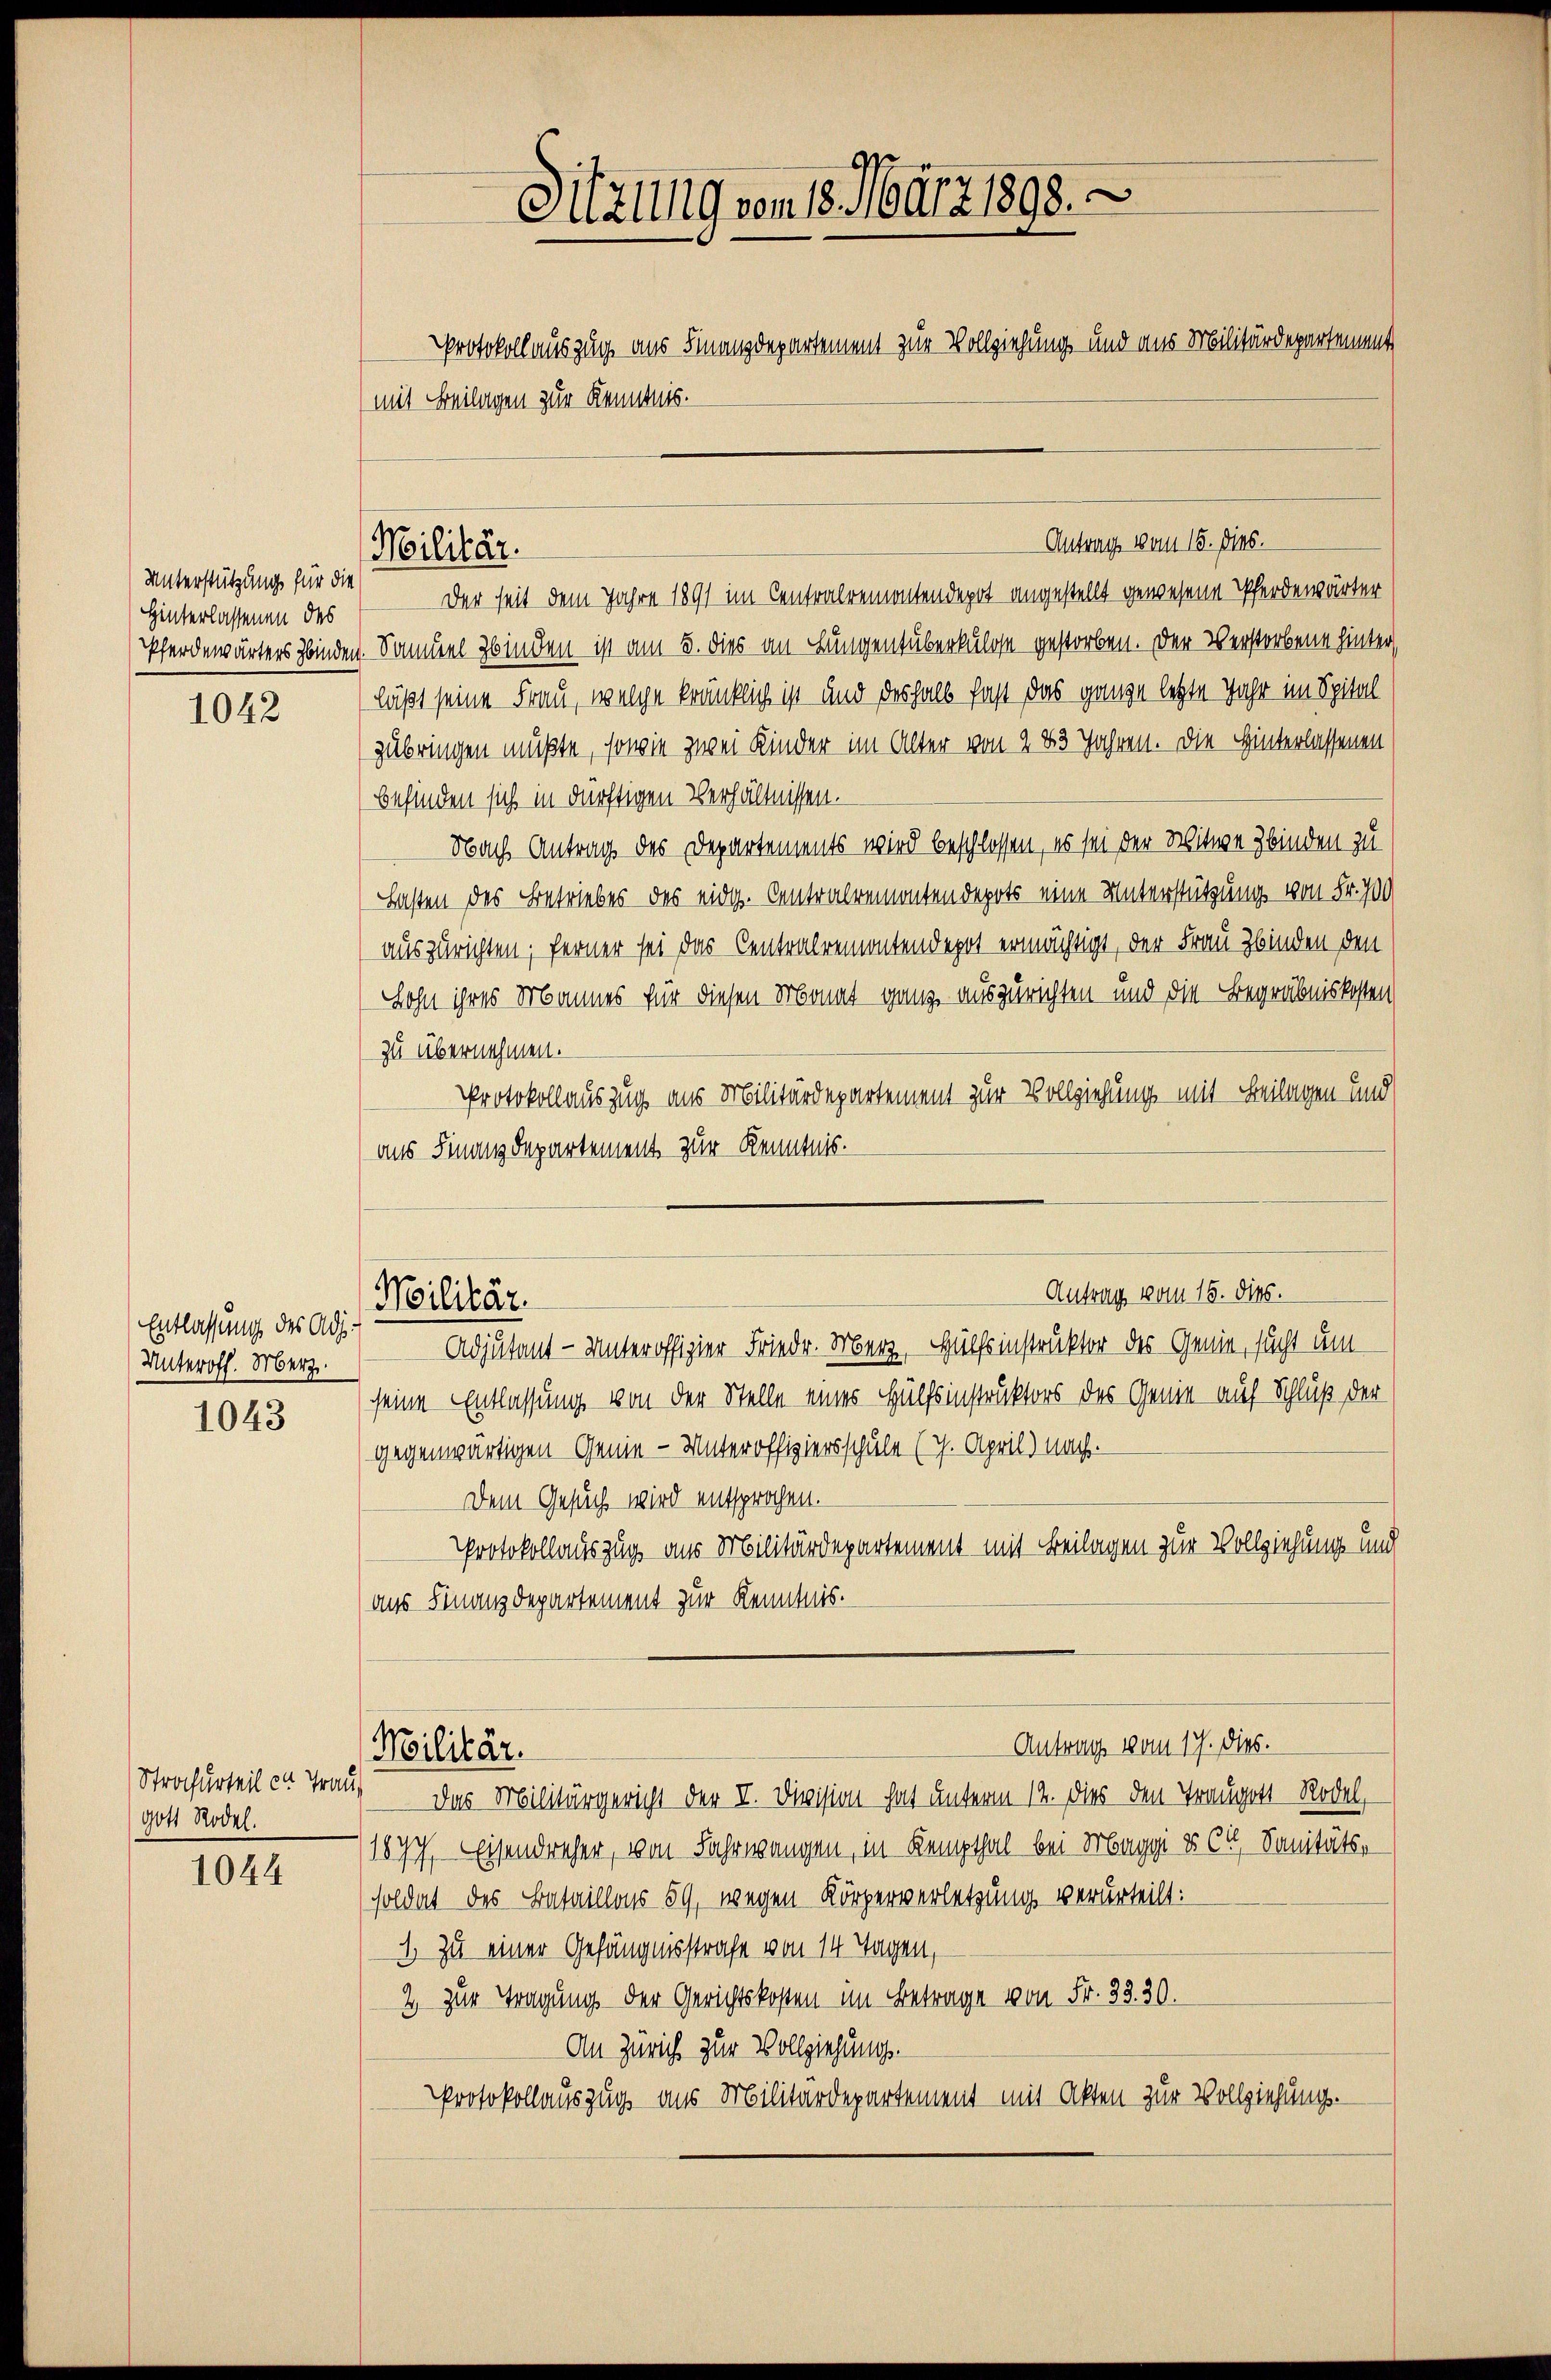
Unterstützung für die
Hinterlassenen des
Pferdewärters binden

1042

Entlassung des Adj¬
Unteroff. Merz
1043

Strafurteil er Tra
gott Rodel.

1044

Der seit dem Jahre 1891 im Centralremontendepot angestellt gewesene Pferdewärter
. Sammel binden ist am 5. dies an Lungentuberkulose gestorben. Der Verstorbene hinter,
läßt seine Frau, welche kränklich ist und deshalb fast das ganze letzte Jahr im Spital
zubringen müßte, sowie zwei Kinder im Alter von 2 23 Jahren. Die Hinterlassenen
befinden sich in dürftigen Verhältnissen.
Nach Antrag des Departements wird beschlossen, es sei der Witwe Zbinden zu
Fasten des Betriebes des eidg. Centralremonten depots eine Unterstützung von Fr. 700
auszurichten; ferner sei das Centralremontendepot ermächtigt, der Frau Zbinden den
Sohn ihres Mannes für diesen Monat ganz auszurichten und die Begräbniskosten
zu übernehmen.
Protokollauszug aus Militärdepartement zur Vollziehung mit Beilagen und
aus Finanzdepartement zur Kenntnis.
Antrag vom 16. dies.
Militär.
Adjutant - Unteroffizier Friedr. Merz, Hülfsinstruktor des Genie, sucht um
seine Entlassung von der Stelle eines Hülfsinstruktors des Genie auf Schluß der
gegenwärtigen Genie-Unteroffiziersschule (1. April) nach.
Dem Gesuch wird entsprochen.
Protokollauszug aus Militärdepartement mit Beilagen zur Vollziehung und
aus Finanzdepartement zur Kenntnis.
Antrag vom 17. dies.
Moilitär.
d
Das Militärgericht der V. Division hat unterm 12. dies den Traugott Rodel,
187. Eisendrecher, von Fahrwangen, in Kempthal bei Maggi u C. Sanitäts-
soldat des Bataillons 59, wegen Körperverletzung verurteilt:
1. Zu einer Gefängnisstrafe von 14 Tagen,
2 zur Tragung der Gerichtskosten im Betrage von Fr. 32. 30.
An Zürich zur Vollziehung.
Protokollauszug aus Militärdepartement mit Akten zur Vollziehung.

Militär.

Sitzung vom 18. März 1893.
Protokollauszug aus Finanzdepartement zur Vollziehung und aus Militärdepartement
(mit Beilagen zur Kenntnis.

Antrag vom 15. Dies.